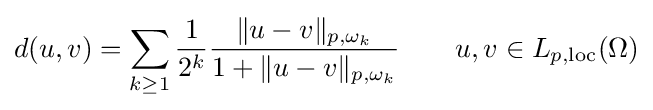
d(u,v)=\sum _{k\geq 1}{\frac {1}{2^{k}}}{\frac {\Vert u-v\Vert _{p,\omega _{k}}}{1+\Vert u-v\Vert _{p,\omega _{k}}}}\qquad u,v\in L_{p,\mathrm {loc} }(\Omega )